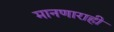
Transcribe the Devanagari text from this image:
मानणाराही